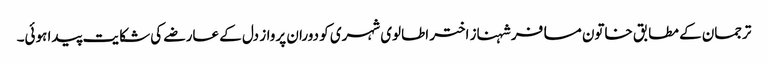
ترجمان کے مطابق خاتون مسافر شہناز اختر اطالوی شہری کو دوران پرواز دل کے عارضے کی شکایت پیدا ہوئی۔